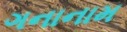
ગનાનામ